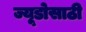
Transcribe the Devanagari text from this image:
ज्यूडोसाठी